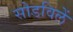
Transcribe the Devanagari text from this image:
सोडविलें